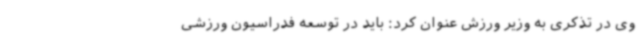
وی در تذکری به وزیر ورزش عنوان کرد: باید در توسعه فدراسیون ورزشی